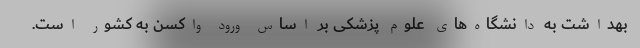
بهداشت به دانشگاه‌های علوم پزشکی بر اساس ورود واکسن به کشور است.